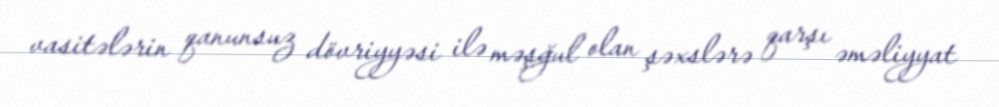
vasitələrin qanunsuz dövriyyəsi ilə məşğul olan şəxslərə qarşı əməliyyat